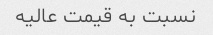
نسبت به قیمت عالیه